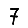
Digit: 7